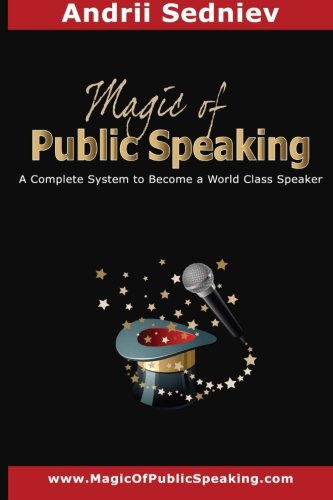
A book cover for Magic of Public Speaking: A Complete System to Become a World Class Speaker; Andrii Sedniev; Reference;